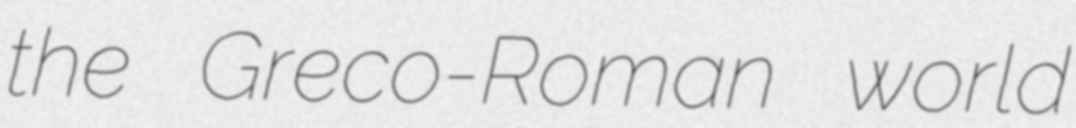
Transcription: the Greco-Roman world